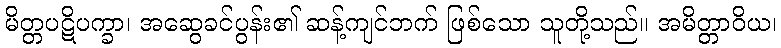
မိတ္တပဋိပက္ခာ၊ အဆွေခင်ပွန်း၏ ဆန့်ကျင်ဘက် ဖြစ်သော သူတို့သည်။ အမိတ္တာဝိယ၊